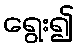
ရွေး၍